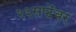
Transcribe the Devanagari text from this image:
२३सप्टेंबर